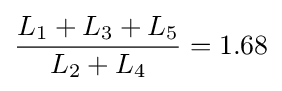
{L_{\text{1}}+L_{\text{3}}+L_{\text{5}} \over L_{\text{2}}+L_{\text{4}}}=1.68